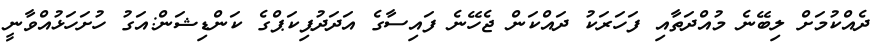
ދެއްކުމަށް ލިބޭނެ މުއްދަތާއި ފަހަރަކު ދައްކަން ޖެހޭނެ ފައިސާގެ އަދަދުޕިކަޕްގެ ކަންޑިޝަން:އަގު ހުށަހަޅުއްވާނީ